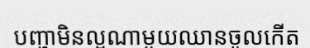
បញ្ហាមិនល្អណាមួយឈានចូលកើត